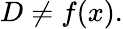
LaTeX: D\neq f(x).